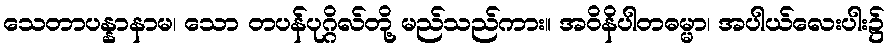
သေတာပန္နာနာမ၊ သော တပန်ပုဂ္ဂိလ်တို့ မည်သည်ကား။ အဝိနိပါတဓမ္မာ၊ အပါယ်လေးပါး၌